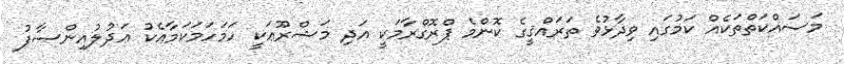
މަސައްކަތްތަކެއް ކަމުގައި ވިދާޅުވެ ތަރައްޤީގެ ކޮންމެ ޕްރޮގްރާމަކީ އަދި މަޝްރޫޢަކީ ހަމަހަމަކަމާއެކު ޢަދުލުއިންޞާފު